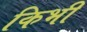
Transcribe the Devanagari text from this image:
किभी